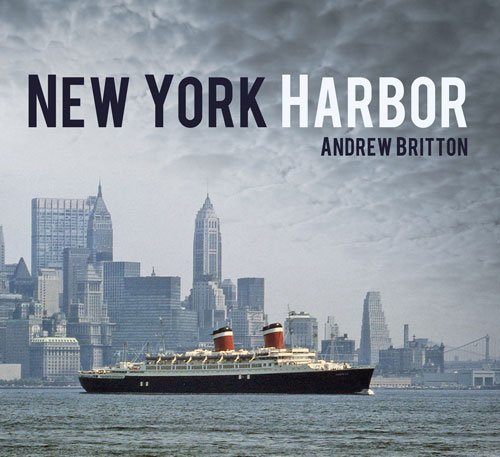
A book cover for New York Harbor; Andrew Britton; Arts & Photography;